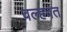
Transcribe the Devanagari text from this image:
वल्हवत